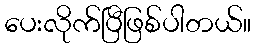
ပေးလိုက်ပြီဖြစ်ပါတယ်။